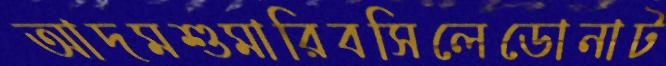
আদমশুমারিবসিলেডোনাট